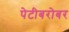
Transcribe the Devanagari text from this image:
पेटीबरोबर